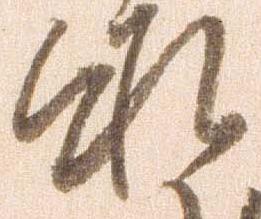
承